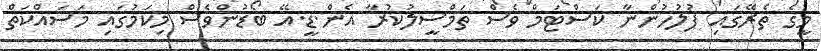
މީގެ ތެރޭގައި ފުލުހުންނާ ކަސްޓަމް ވެސް ތަމްސީލުކުރާ އެން.ޑީ.އޭ ބޯޑުންވެސް މިކަމުގައި މަސައްކަތް